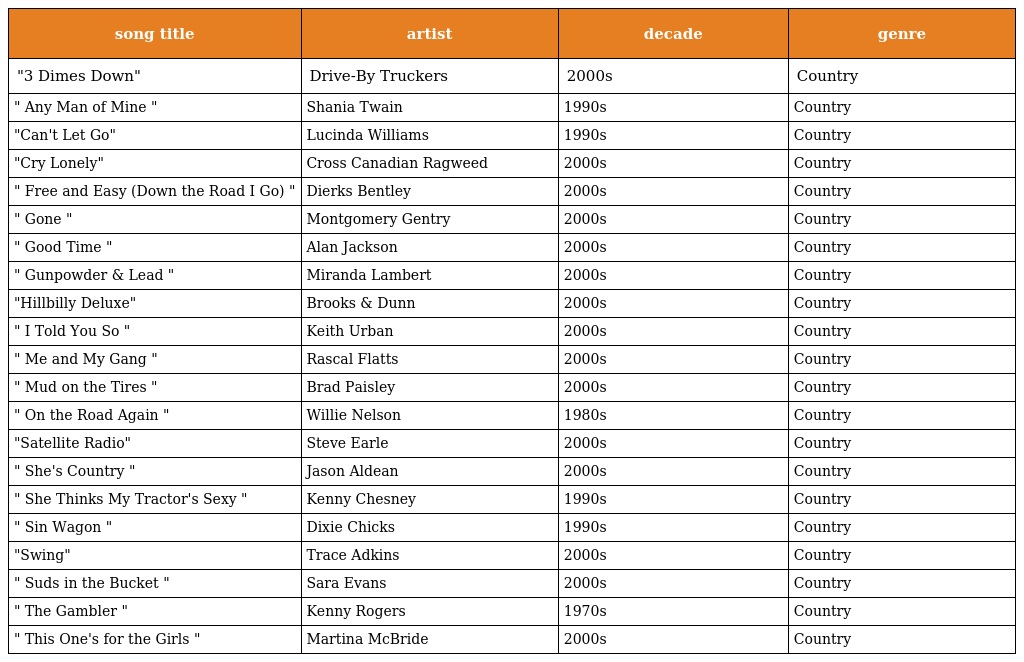
| song title | artist | decade | genre |
 | --- | --- | --- | --- |
 | "3 Dimes Down" | Drive-By Truckers | 2000s | Country |
 | " Any Man of Mine " | Shania Twain | 1990s | Country |
 | "Can't Let Go" | Lucinda Williams | 1990s | Country |
 | "Cry Lonely" | Cross Canadian Ragweed | 2000s | Country |
 | " Free and Easy (Down the Road I Go) " | Dierks Bentley | 2000s | Country |
 | " Gone " | Montgomery Gentry | 2000s | Country |
 | " Good Time " | Alan Jackson | 2000s | Country |
 | " Gunpowder & Lead " | Miranda Lambert | 2000s | Country |
 | "Hillbilly Deluxe" | Brooks & Dunn | 2000s | Country |
 | " I Told You So " | Keith Urban | 2000s | Country |
 | " Me and My Gang " | Rascal Flatts | 2000s | Country |
 | " Mud on the Tires " | Brad Paisley | 2000s | Country |
 | " On the Road Again " | Willie Nelson | 1980s | Country |
 | "Satellite Radio" | Steve Earle | 2000s | Country |
 | " She's Country " | Jason Aldean | 2000s | Country |
 | " She Thinks My Tractor's Sexy " | Kenny Chesney | 1990s | Country |
 | " Sin Wagon " | Dixie Chicks | 1990s | Country |
 | "Swing" | Trace Adkins | 2000s | Country |
 | " Suds in the Bucket " | Sara Evans | 2000s | Country |
 | " The Gambler " | Kenny Rogers | 1970s | Country |
 | " This One's for the Girls " | Martina McBride | 2000s | Country |